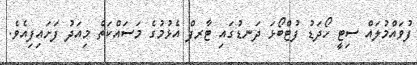
ފުވައްމުލައް ސިޓީ ހޯދަޑު ފުޓްބޯޅަ ދަނޑުގައި ޓާރފް އެޅުމުގެ މަސައްކަތް މިއަދު ފަށައިފިއެވެ.